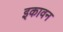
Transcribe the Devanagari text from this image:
इकावन